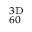
^ { 3 \mathrm { D } } _ { 6 0 }